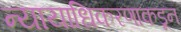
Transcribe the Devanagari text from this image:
न्यायाधिकरणाकडून